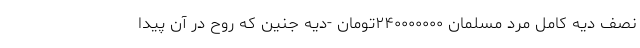
نصف دیه کامل مرد مسلمان ۲۴۰۰۰۰۰۰۰تومان -دیه جنین که روح در آن پیدا